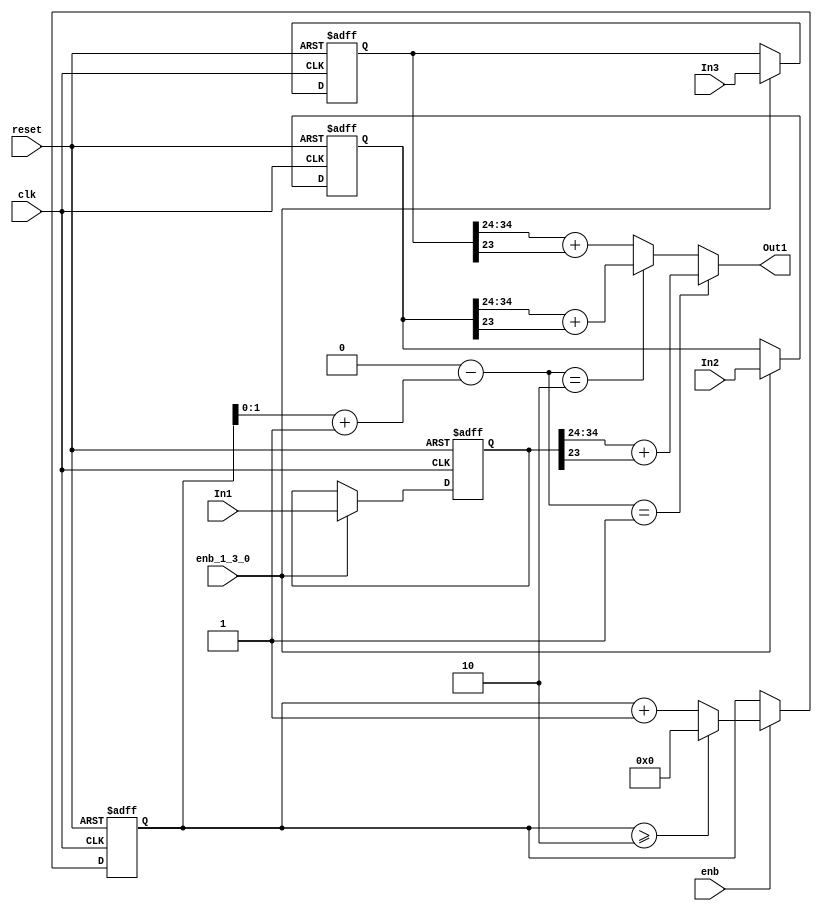
// -------------------------------------------------------------
// 
// 
// Generated by MATLAB 9.14 and HDL Coder 4.1
// 
// -------------------------------------------------------------


// -------------------------------------------------------------
// 
// Module: OUT_MUX
// Source Path: FP_sub/fp model/OUT_MUX
// Hierarchy Level: 1
// 
// -------------------------------------------------------------

`timescale 1 ns / 1 ns

module OUT_MUX
          (clk,
           reset,
           enb_1_3_0,
           enb,
           In1,
           In2,
           In3,
           Out1);


  input   clk;
  input   reset;
  input   enb_1_3_0;
  input   enb;
  input   signed [35:0] In1;  // sfix36_En27
  input   signed [35:0] In2;  // sfix36_En27
  input   signed [35:0] In3;  // sfix36_En27
  output  signed [10:0] Out1;  // sfix11_En3


  wire [2:0] const_4_out1;  // ufix3
  wire [7:0] count_step;  // uint8
  wire [7:0] count_from_1;  // uint8
  reg [7:0] counter_0_2_out1;  // uint8
  wire [7:0] count;  // uint8
  wire needToWrap;
  wire [7:0] count_value;  // uint8
  wire const_1_out1;  // ufix1
  wire [31:0] add_add_temp;  // ufix32
  wire [31:0] add_1;  // ufix32
  wire [31:0] add_2;  // ufix32
  wire [1:0] add_out1;  // ufix2
  wire signed [31:0] sub_sub_temp;  // sfix32
  wire signed [31:0] sub_1;  // sfix32
  wire signed [31:0] sub_2;  // sfix32
  wire [1:0] sub_out1;  // ufix2
  reg signed [35:0] RT1_out1;  // sfix36_En27
  wire signed [10:0] RT1_out1_dtc;  // sfix11_En3
  reg signed [35:0] RT2_out1;  // sfix36_En27
  wire signed [10:0] RT2_out1_dtc;  // sfix11_En3
  reg signed [35:0] RT3_out1;  // sfix36_En27
  wire signed [10:0] RT3_out1_dtc;  // sfix11_En3
  wire signed [10:0] mux_3_1_out1;  // sfix11_En3


  assign const_4_out1 = 3'b100;



  assign count_step = 8'b00000001;



  assign count_from_1 = 8'b00000000;



  assign count = counter_0_2_out1 + count_step;



  assign needToWrap = counter_0_2_out1 >= 8'b00000010;



  assign count_value = (needToWrap == 1'b0 ? count :
              count_from_1);



  // Count limited, Unsigned Counter
  //  initial value   = 0
  //  step value      = 1
  //  count to value  = 2
  always @(posedge clk or posedge reset)
    begin : counter_0_2_process
      if (reset == 1'b1) begin
        counter_0_2_out1 <= 8'b00000000;
      end
      else begin
        if (enb) begin
          counter_0_2_out1 <= count_value;
        end
      end
    end



  assign const_1_out1 = 1'b1;



  assign add_1 = {24'b0, counter_0_2_out1};
  assign add_2 = {31'b0, const_1_out1};
  assign add_add_temp = add_1 + add_2;
  assign add_out1 = add_add_temp[1:0];



  assign sub_1 = {29'b0, const_4_out1};
  assign sub_2 = {30'b0, add_out1};
  assign sub_sub_temp = sub_1 - sub_2;
  assign sub_out1 = sub_sub_temp[1:0];



  always @(posedge clk or posedge reset)
    begin : RT1_process
      if (reset == 1'b1) begin
        RT1_out1 <= 36'sh000000000;
      end
      else begin
        if (enb_1_3_0) begin
          RT1_out1 <= In1;
        end
      end
    end



  assign RT1_out1_dtc = RT1_out1[34:24] + $signed({1'b0, RT1_out1[23]});



  always @(posedge clk or posedge reset)
    begin : RT2_process
      if (reset == 1'b1) begin
        RT2_out1 <= 36'sh000000000;
      end
      else begin
        if (enb_1_3_0) begin
          RT2_out1 <= In2;
        end
      end
    end



  assign RT2_out1_dtc = RT2_out1[34:24] + $signed({1'b0, RT2_out1[23]});



  always @(posedge clk or posedge reset)
    begin : RT3_process
      if (reset == 1'b1) begin
        RT3_out1 <= 36'sh000000000;
      end
      else begin
        if (enb_1_3_0) begin
          RT3_out1 <= In3;
        end
      end
    end



  assign RT3_out1_dtc = RT3_out1[34:24] + $signed({1'b0, RT3_out1[23]});



  assign mux_3_1_out1 = (sub_out1 == 2'b01 ? RT1_out1_dtc :
              (sub_out1 == 2'b10 ? RT2_out1_dtc :
              RT3_out1_dtc));



  assign Out1 = mux_3_1_out1;

endmodule  // OUT_MUX